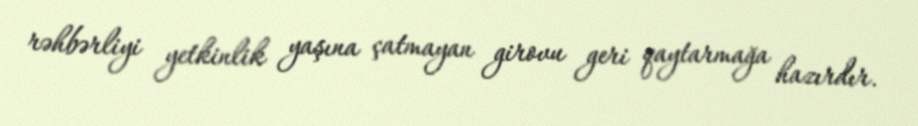
rəhbərliyi yetkinlik yaşına çatmayan girovu geri qaytarmağa hazırdır.